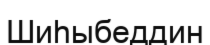
Шиһыбеддин